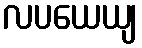
လပယေယျ